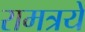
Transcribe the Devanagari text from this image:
रामत्रये